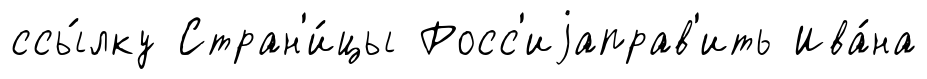
ссы́лку Стран'и́цы Росс'иjаправ'ить Ива́на